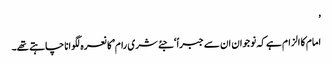
’
امام کا الزام ہے کہ نوجوان ان سے جبراً ‘جئے شری رام’کا نعرہ لگوانا چاہتے تھے۔